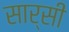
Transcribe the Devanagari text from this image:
सार्सी